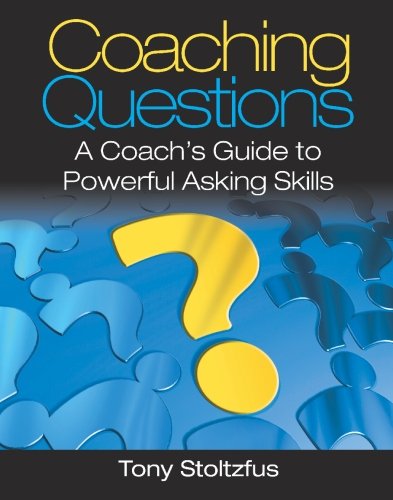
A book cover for Coaching Questions: A Coach's Guide to Powerful Asking Skills; Tony Stoltzfus; Medical Books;